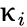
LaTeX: \upkappa_{i}